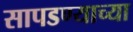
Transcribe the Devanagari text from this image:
सापडण्याच्या